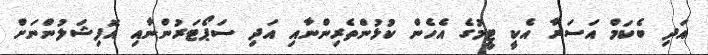
އަދި ބެކަމް އަސަރާ އެކީ ޓީމުގެ އެހެން ކުޅުންތެރިންނާއި އަދި ސަޕޯޓަރުންނާއި އޮފިޝަލުންނަށް